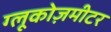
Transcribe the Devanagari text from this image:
ग्लूकोज़मीटर